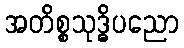
အတိစ္စသုဒ္ဓိပညော